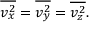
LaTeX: { \overline { { v _ { x } ^ { 2 } } } } = { \overline { { v _ { y } ^ { 2 } } } } = { \overline { { v _ { z } ^ { 2 } } } } .